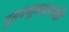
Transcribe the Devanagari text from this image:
गुंतवणूकदारांशी